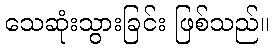
သေဆုံးသွားခြင်း ဖြစ်သည်။